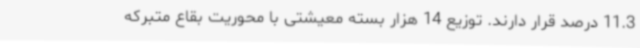
11.3 درصد قرار دارند. توزیع 14 هزار بسته معیشتی با محوریت بقاع متبرکه